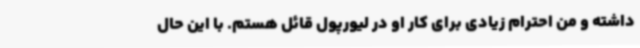
داشته و من احترام زیادی برای کار او در لیورپول قائل هستم. با این حال